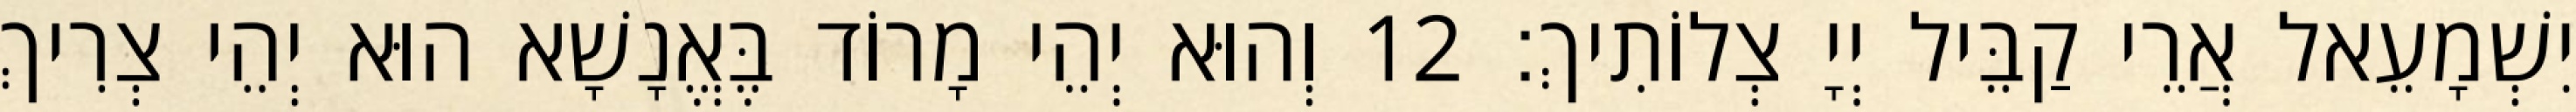
יִשְׁמָעֵאל אֲרֵי קַבֵּיל יְיָ צְלוֹתִיךְ׃ 12 וְהוּא יְהֵי מָרוֹד בֶּאֱנָשָׁא הוּא יְהֵי צְרִיךְ